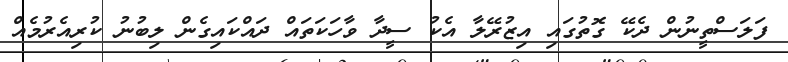
ފަލަސްތީނުން ދެކޭ ގޮތުގައި އިޒުރޭލާ އެކު ސީދާ ވާހަކަތައް ދައްކައިގެން ލިބުނު ކުރިއެރުމެއް